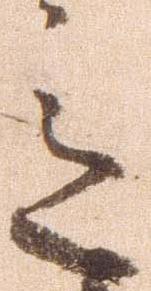
意